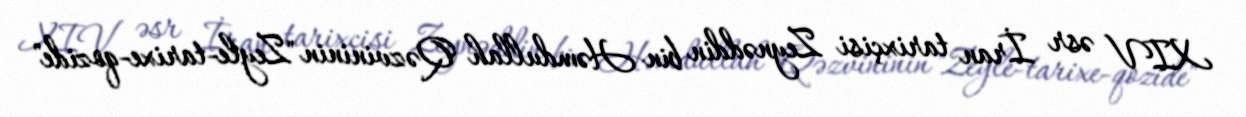
XIV əsr İran tarixçisi Zeynəddin bin Həmdullah Qəzvininin "Zeyle-tarixe-qozide"